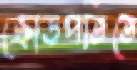
ক্রোড়পতিতে